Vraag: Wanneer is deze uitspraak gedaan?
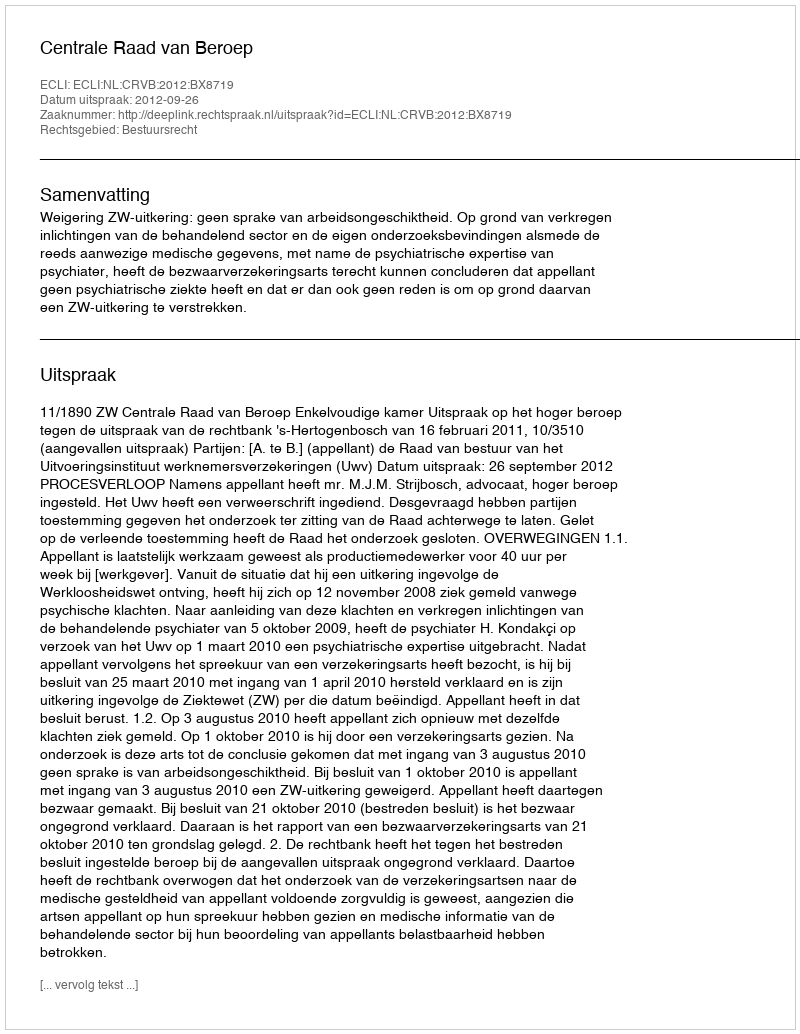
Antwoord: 2012-09-26